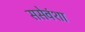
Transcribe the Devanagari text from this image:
ससेवंशा